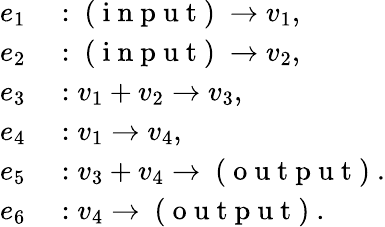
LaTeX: \begin{array}{rl}{e_{1}}&{{}:\mathrm{~(~i~n~p~u~t~)~}\to v_{1},}\\ {e_{2}}&{{}:\mathrm{~(~i~n~p~u~t~)~}\to v_{2},}\\ {e_{3}}&{{}:v_{1}+v_{2}\to v_{3},}\\ {e_{4}}&{{}:v_{1}\to v_{4},}\\ {e_{5}}&{{}:v_{3}+v_{4}\to\mathrm{~(~o~u~t~p~u~t~)~}.}\\ {e_{6}}&{{}:v_{4}\to\mathrm{~(~o~u~t~p~u~t~)~}.}\end{array}